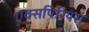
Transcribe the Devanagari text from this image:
एक्सपिरियंस